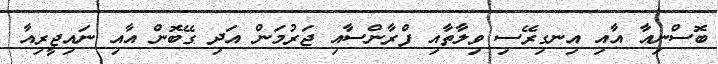
ބޮސްނިއާ އާއި އިނގިރޭސި ވިލާތާއި ފްރާންސާއި ޖަރުމަން އަދި ގޭބޮން އާއި ނައިޖީރިއާ